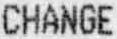
CHANGE